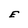
Character: E